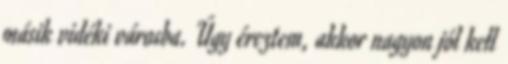
másik vidéki városba. Úgy éreztem, akkor nagyon jól kell